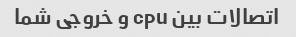
اتصالات بین cpu و خروجی شما